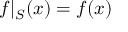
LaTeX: f | _ { S } ( x ) = f ( x )